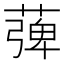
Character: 𦹽